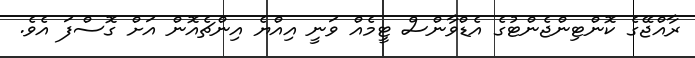
ރާއްޖޭގެ ކޮންޓިންޖެންޓުގެ އެޑްވާންސް ޓީމެއް ވަނީ އިއްޔެ އިންޗެއޮން އަށް ގޮސްފަ އެވެ.